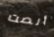
أنصت